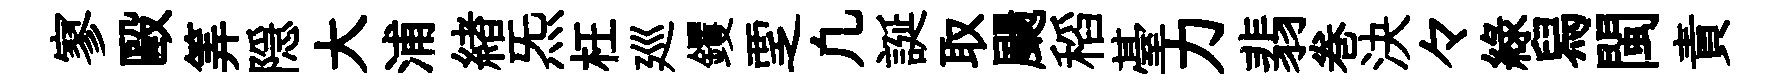
寥毆筭隠大浦緖炁枉廵钁覂凢誕取颺稻䑓力翡巻決々緑舄閩責